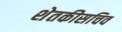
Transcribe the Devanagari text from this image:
शेतकीसचिव